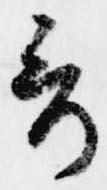
哥